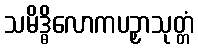
သမိဒ္ဓိလောကပဉှာသုတ္တံ